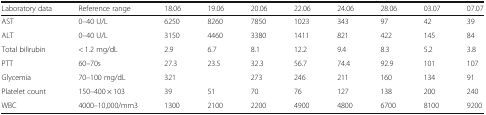
| Laboratory data | Reference range | 18.06 | 19.06 | 20.06 | 22.06 | 24.06 | 28.06 | 03.07 | 07.07 |
 | --- | --- | --- | --- | --- | --- | --- | --- | --- | --- |
 | AST | 0–40 U/L | 6250 | 8260 | 7850 | 1023 | 343 | 97 | 42 | 39 |
 | ALT | 0–40 U/L | 3150 | 4460 | 3380 | 1411 | 821 | 422 | 145 | 84 |
 | Total bilirubin | < 1.2 mg/dL | 2.9 | 6.7 | 8.1 | 12.2 | 9.4 | 8.3 | 5.2 | 3.8 |
 | PTT | 60–70s | 27.3 | 23.5 | 32.3 | 56.7 | 74.4 | 92.9 | 101 | 107 |
 | Glycemia | 70–100 mg/dL | 321 |  | 273 | 246 | 211 | 160 | 134 | 91 |
 | Platelet count | 150–400 × 103 | 39 | 51 | 70 | 76 | 127 | 138 | 200 | 240 |
 | WBC | 4000–10,000/mm3 | 1300 | 2100 | 2200 | 4900 | 4800 | 6700 | 8100 | 9200 |